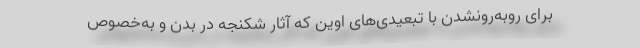
برای روبه‌رونشدن با تبعیدی‌های اوین كه آثار شكنجه در بدن و به‌خصوص